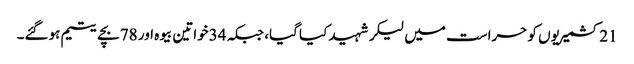
21کشمیریوں کو حراست میں لیکر شہید کیا گیا، جبکہ 34خواتین بیوہ اور 78بچے یتیم ہوگئے۔